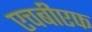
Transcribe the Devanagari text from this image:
एचबीएफ